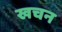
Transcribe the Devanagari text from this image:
खचन